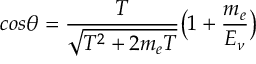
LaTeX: c o s \theta = \frac { T } { \sqrt { T ^ { 2 } + 2 m _ { e } T } } \big ( 1 + \frac { m _ { e } } { E _ { \nu } } \big )